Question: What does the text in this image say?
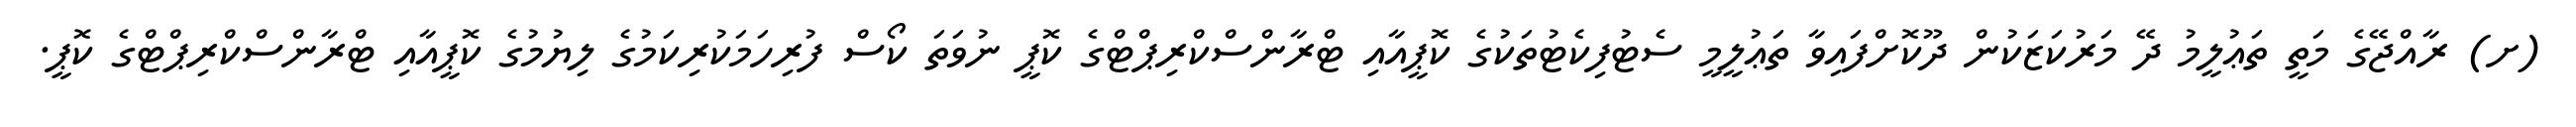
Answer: (ށ) ރާއްޖޭގެ މަތީ ތަޢުލީމު ދޭ މަރުކަޒަކުން ދޫކޮށްފައިވާ ތަޢުލީމީ ސެޓުފިކެޓުތަކުގެ ކޮޕީއާއި ޓްރާންސްކްރިޕްޓްގެ ކޮޕީ ނުވަތަ ކޯސް ފުރިހަމަކުރިކަމުގެ ލިޔުމުގެ ކޮޕީއާއި ޓްރާންސްކްރިޕްޓްގެ ކޮޕީ.